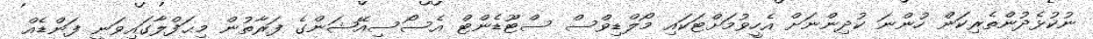
ނުކުޅެދުންތެރިކަން ހުންނަ ކުދިންނަށް އެހީވުމަށްޓަކައި މޯލްޑިވްސް ސްޓޫޑެންޓް އެސޯސިއޭޝަންގެ ފަރާތުން މިޙަފްލާގައިވަނީ ފަންޑެއް